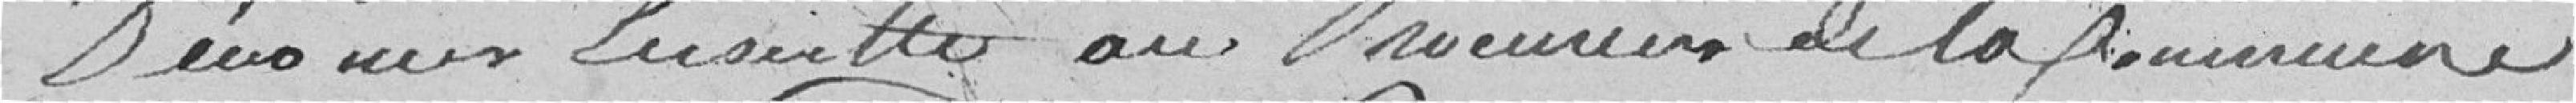
au Procureur de la commune